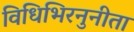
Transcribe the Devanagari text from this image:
विधिभिरनुनीता